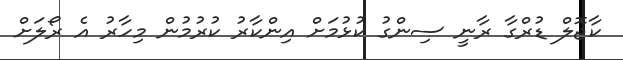
ކާޖޮލް ޑުރްގާ ރާނީ ސިންގު ކުޅުމަށް އިންކާރު ކުރުމުން މިހާރު އެ ރޯލަށް